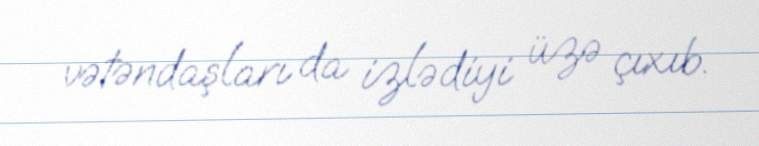
vətəndaşları da izlədiyi üzə çıxıb.